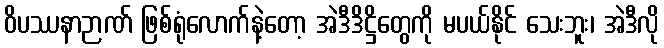
ဝိပဿနာဉာဏ် ဖြစ်ရုံလောက်နဲ့တော့ အဲဒီဒိဋ္ဌိတွေကို မပယ်နိုင် သေးဘူး၊ အဲဒီလို